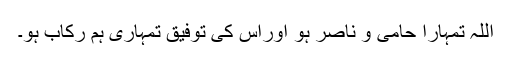
اللہ تمہارا حامی و ناصر ہو اوراس کی توفیق تمہاری ہم رکاب ہو۔